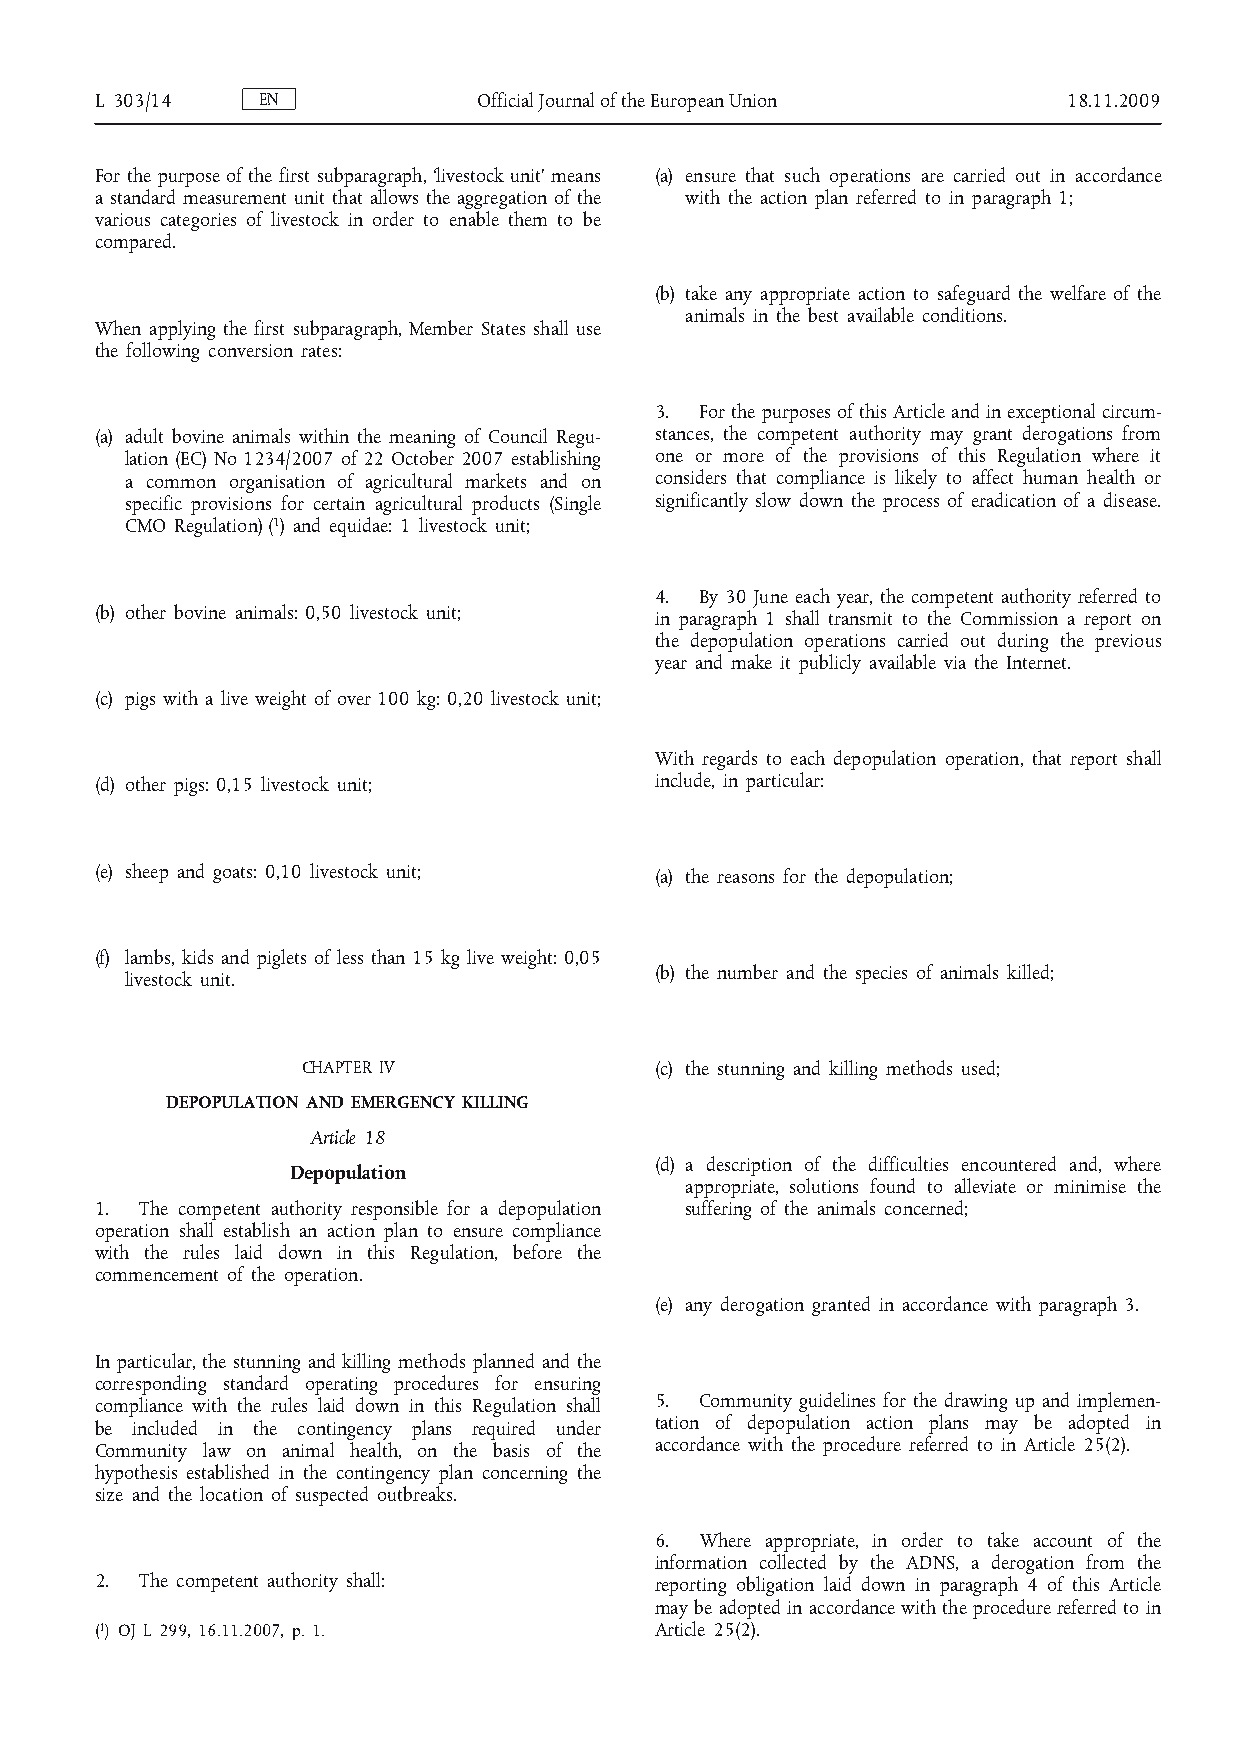
L 303/14   EN             Official Journal of the European Union 18.11.2009
 For the purpose of the first subparagraph, ‘livestock unit’ means (a) ensure that such operations are carried out in accordance
 a standard measurement unit that allows the aggregation of the with the action plan referred to in paragraph 1;
 various categories of livestock in order to enable them to be
 compared.
 (b) take any appropriate action to safeguard the welfare of the
 animals in the best available conditions.
 When applying the first subparagraph, Member States shall use
 the following conversion rates:
 3. For the purposes of this Article and in exceptional circum­
 (a) adult bovine animals within the meaning of Council Regu­ stances, the competent authority may grant derogations from
 lation (EC) No 1234/2007 of 22 October 2007 establishing one or more of the provisions of this Regulation where it
 a common organisation of agricultural markets and on considers that compliance is likely to affect human health or
 specific provisions for certain agricultural products (Single significantly slow down the process of eradication of a disease.
 CMO Regulation) ( 1) and equidae: 1 livestock unit;
 4. By 30 June each year, the competent authority referred to
 (b) other bovine animals: 0,50 livestock unit; in paragraph 1 shall transmit to the Commission a report on
 the depopulation operations carried out during the previous
 year and make it publicly available via the Internet.
 (c) pigs with a live weight of over 100 kg: 0,20 livestock unit;
 With regards to each depopulation operation, that report shall
 (d) other pigs: 0,15 livestock unit; include, in particular:
 (e) sheep and goats: 0,10 livestock unit; (a) the reasons for the depopulation;
 (f) lambs, kids and piglets of less than 15 kg live weight: 0,05
 (b) the number and the species of animals killed;
 livestock unit.
 CHAPTER IV             (c) the stunning and killing methods used;
 DEPOPULATION AND EMERGENCY KILLING
 Article 18
 (d) a description of the difficulties encountered and, where
 Depopulation
 appropriate, solutions found to alleviate or minimise the
 1. The competent authority responsible for a depopulation suffering of the animals concerned;
 operation shall establish an action plan to ensure compliance
 with the rules laid down in this Regulation, before the
 commencement of the operation.
 (e) any derogation granted in accordance with paragraph 3.
 In particular, the stunning and killing methods planned and the
 corresponding standard operating procedures for ensuring
 compliance with the rules laid down in this Regulation shall 5. Community guidelines for the drawing up and implemen­
 be included in the contingency plans required under tation of depopulation action plans may be adopted in
 Community law on animal health, on the basis of the accordance with the procedure referred to in Article 25(2).
 hypothesis established in the contingency plan concerning the
 size and the location of suspected outbreaks.
 6. Where appropriate, in order to take account of the
 information collected by the ADNS, a derogation from the
 2. The competent authority shall:    reporting obligation laid down in paragraph 4 of this Article
 may be adopted in accordance with the procedure referred to in
 ( 1 ) OJ L 299, 16.11.2007, p. 1.    Article 25(2).